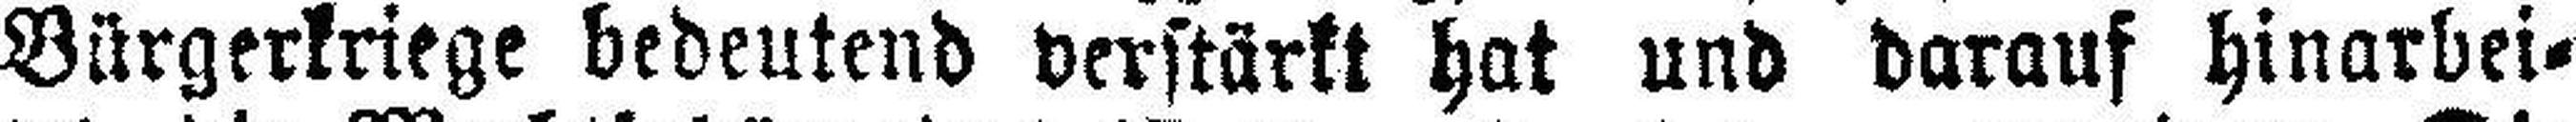
Bürgerkriege bedeutend verstärkt hat und darauf hinarbei¬